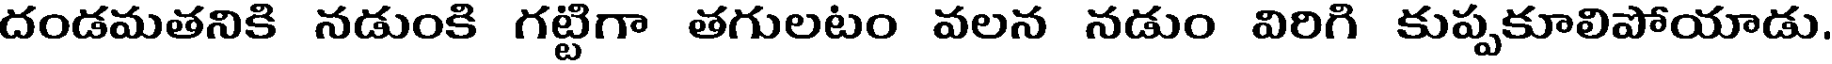
దండమతనికి నడుంకి గట్టిగా తగులటం వలన నడుం విరిగి కుప్పకూలిపోయాడు